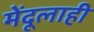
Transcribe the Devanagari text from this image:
मेंदूलाही